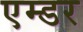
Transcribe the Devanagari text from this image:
एम्डर